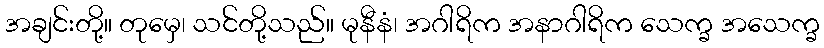
အချင်းတို့။ တုမှေ၊ သင်တို့သည်။ မုနီနံ၊ အဂါရိက အနာဂါရိက သေက္ခ အသေက္ခ